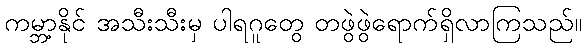
ကမ္ဘာ့နိုင် အသီးသီးမှ ပါရဂူတွေ တဖွဲဖွဲရောက်ရှိလာကြသည်။